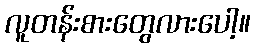
လူတန်းစားတွေလားပေါ့။